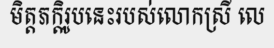
មិត្តភក្តិរូបនេះរបស់លោកស្រី លេ